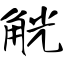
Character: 觥